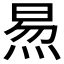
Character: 𬊙